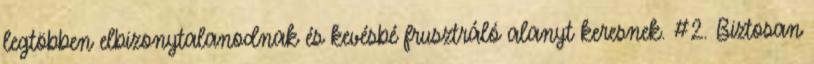
legtöbben elbizonytalanodnak és kevésbé frusztráló alanyt keresnek. #2. Biztosan